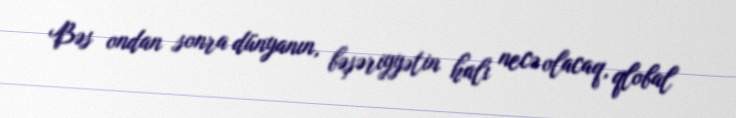
Bəs ondan sonra dünyanın, bəşəriyyətin halı necə olacaq, qlobal